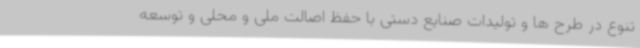
تنوع در طرح ها و تولیدات صنایع دستی با حفظ اصالت ملی و محلی و توسعه